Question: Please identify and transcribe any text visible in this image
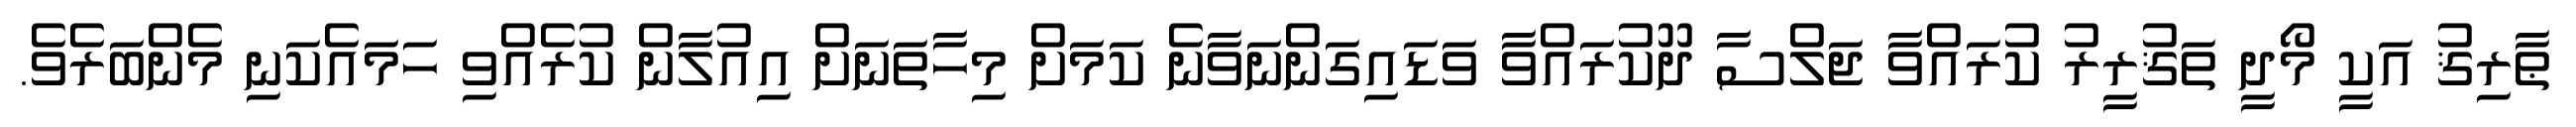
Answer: ޠާރިޤު އަކީ މޯދީ ތަޤުރީރު ކުރައްވާ ޖަލްސާ ދޫކުރައްވާ ވަޑައިގަންނަވާނެ ކަމަށް މިހާތަނަށް އިއުލާން ކުރެއްވި ހަމައެކަނި މެންބަރެވެ.